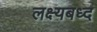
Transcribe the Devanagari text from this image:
लक्ष्यबध्द